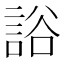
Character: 䛦